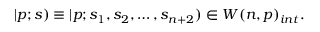
| p ; s ) \equiv | p ; s _ { 1 } , s _ { 2 } , \ldots , s _ { n + 2 } ) \in W ( n , p ) _ { i n t } .